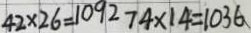
4 2 \times 2 6 = 1 0 9 2 7 4 \times 1 4 = 1 0 3 6